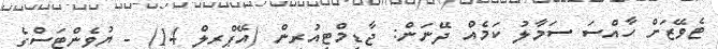
ޓެވޭޒަށް ހާއްސަ ސަމާލު ކަމެއް ދޭނަން: ޖާޑިމްޓިއުރިން (އޭޕްރިލް 14) - ޔުވެންޓަސްގެ